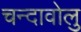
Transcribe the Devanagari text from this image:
चन्दावोलु